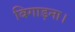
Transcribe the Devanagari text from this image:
बिगाड़ना।